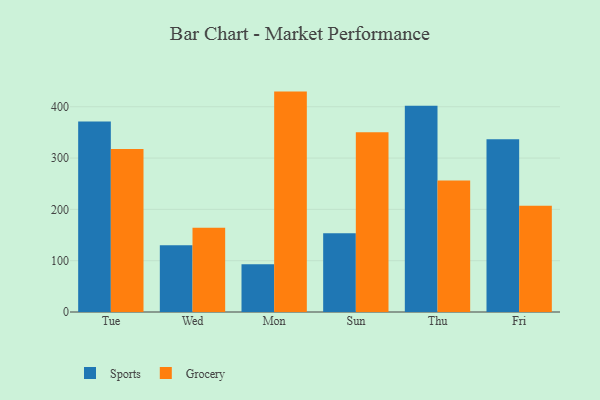
{"axis": {"x": "Day", "y": "Shipments"}, "legend": ["Grocery", "Sports"], "data": [{"x": "Tue", "y": 371.1, "type": "Sports"}, {"x": "Tue", "y": 317.6, "type": "Grocery"}, {"x": "Wed", "y": 130.3, "type": "Sports"}, {"x": "Wed", "y": 164.1, "type": "Grocery"}, {"x": "Mon", "y": 93.2, "type": "Sports"}, {"x": "Mon", "y": 429.5, "type": "Grocery"}, {"x": "Sun", "y": 153.6, "type": "Sports"}, {"x": "Sun", "y": 350.2, "type": "Grocery"}, {"x": "Thu", "y": 401.9, "type": "Sports"}, {"x": "Thu", "y": 256.5, "type": "Grocery"}, {"x": "Fri", "y": 336.5, "type": "Sports"}, {"x": "Fri", "y": 206.9, "type": "Grocery"}]}